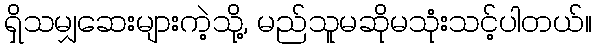
ရှိသမျှဆေးများကဲ့သို့, မည်သူမဆိုမသုံးသင့်ပါတယ်။